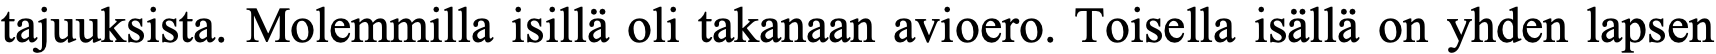
tajuuksista. Molemmilla isillä oli takanaan avioero. Toisella isällä on yhden lapsen